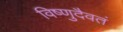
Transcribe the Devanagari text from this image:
विष्णुदैवतं